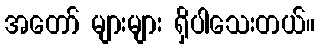
အတော် များများ ရှိပါသေးတယ်။